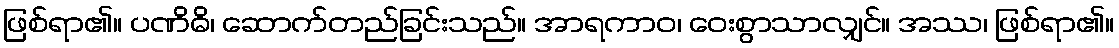
ဖြစ်ရာ၏။ ပဏိဓိ၊ ဆောက်တည်ခြင်းသည်။ အာရကာဝ၊ ဝေးစွာသာလျှင်။ အဿ၊ ဖြစ်ရာ၏။